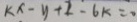
k x - y + 2 - 6 k = 0